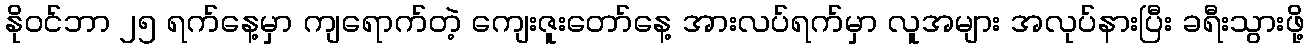
နိုဝင်ဘာ ၂၅ ရက်နေ့မှာ ကျရောက်တဲ့ ကျေးဇူးတော်နေ့ အားလပ်ရက်မှာ လူအများ အလုပ်နားပြီး ခရီးသွားဖို့